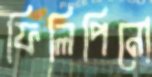
ফিলিপিনো